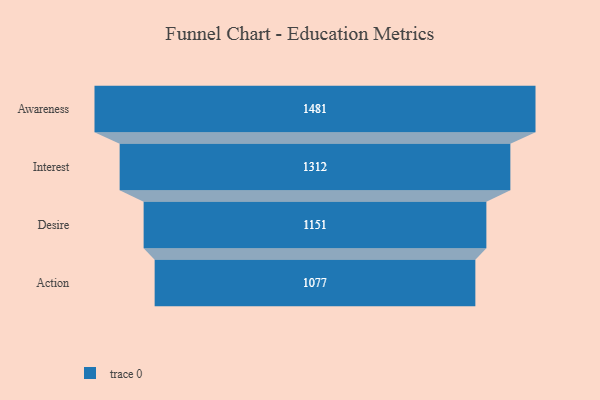
{"axis": {"x": "Stage", "y": "Value"}, "legend": [""], "data": [{"x": "Awareness", "y": 1481.0, "type": ""}, {"x": "Interest", "y": 1312.0, "type": ""}, {"x": "Desire", "y": 1151.0, "type": ""}, {"x": "Action", "y": 1077.0, "type": ""}]}